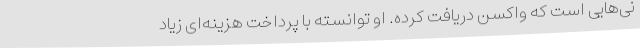
نی‌هایی است که واکسن دریافت کرده. او توانسته با پرداخت هزینه‌ای زیاد